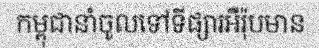
កម្ពុជានាំចូលទៅទីផ្សារអឺរ៉ុបមាន